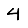
Digit: 4